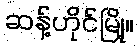
ဆန့်ဟိုင်မြို့။